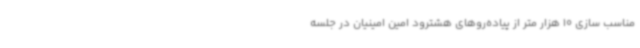
مناسب سازی 10 هزار متر از پیاده‌روهای هشترود امین امینیان در جلسه